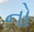
નો